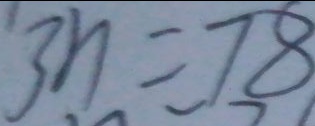
3 n = 7 8